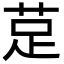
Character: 莡